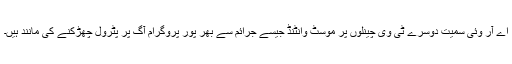
اے آر وئی سمیت دوسرے ٹی وی چینلوں پر موسٹ وانٹنڈ جیسے جرائم سے بھر پور پروگرام آگ پر پٹرول چھڑکنے کی مانند ہیں۔